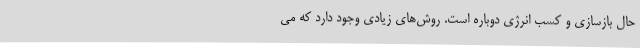
حال بازسازی و کسب انرژی دوباره است. روش‌های زیادی وجود دارد که می